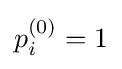
p_{i}^{(0)}=1